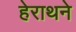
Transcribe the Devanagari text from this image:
हेराथने